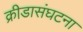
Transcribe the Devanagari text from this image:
क्रीडासंघटना